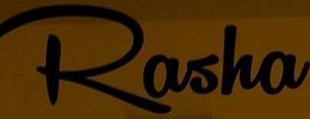
Rasho